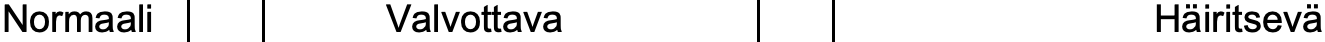
Normaali     Valvottava               Häiritsevä